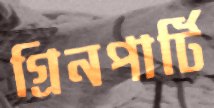
গ্রিনপার্টি